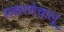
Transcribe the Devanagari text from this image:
प्रकरणेचालू